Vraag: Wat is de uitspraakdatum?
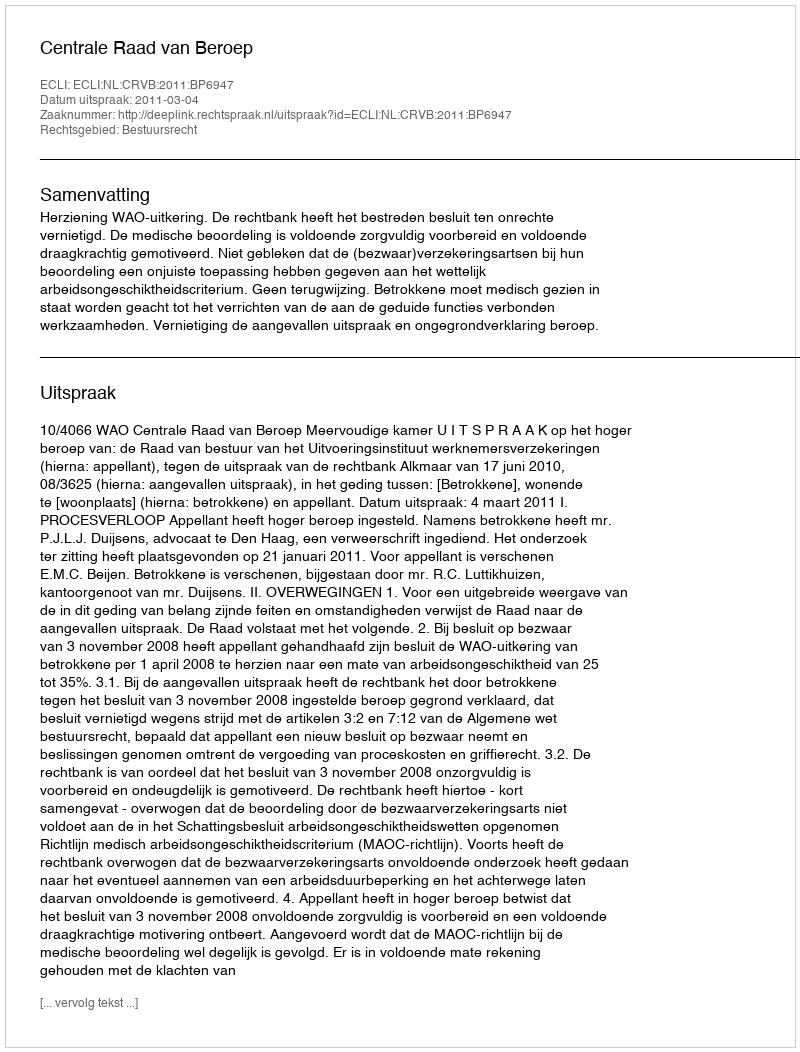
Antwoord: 2011-03-04